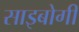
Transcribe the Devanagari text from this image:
साइबोगी